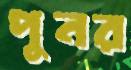
পুনর